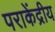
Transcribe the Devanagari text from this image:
पराकेंद्रीय